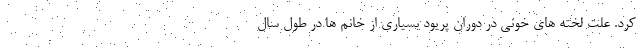
کرد. علت لخته های خونی در دوران پریود بسیاری از خانم ها در طول سال